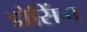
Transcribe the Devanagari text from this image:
डोसिंग